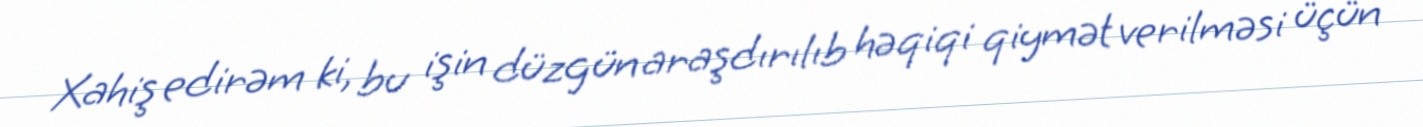
Xahiş edirəm ki, bu işin düzgün araşdırılıb həqiqi qiymət verilməsi üçün